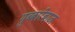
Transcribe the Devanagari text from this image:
गुब्बारेबाज